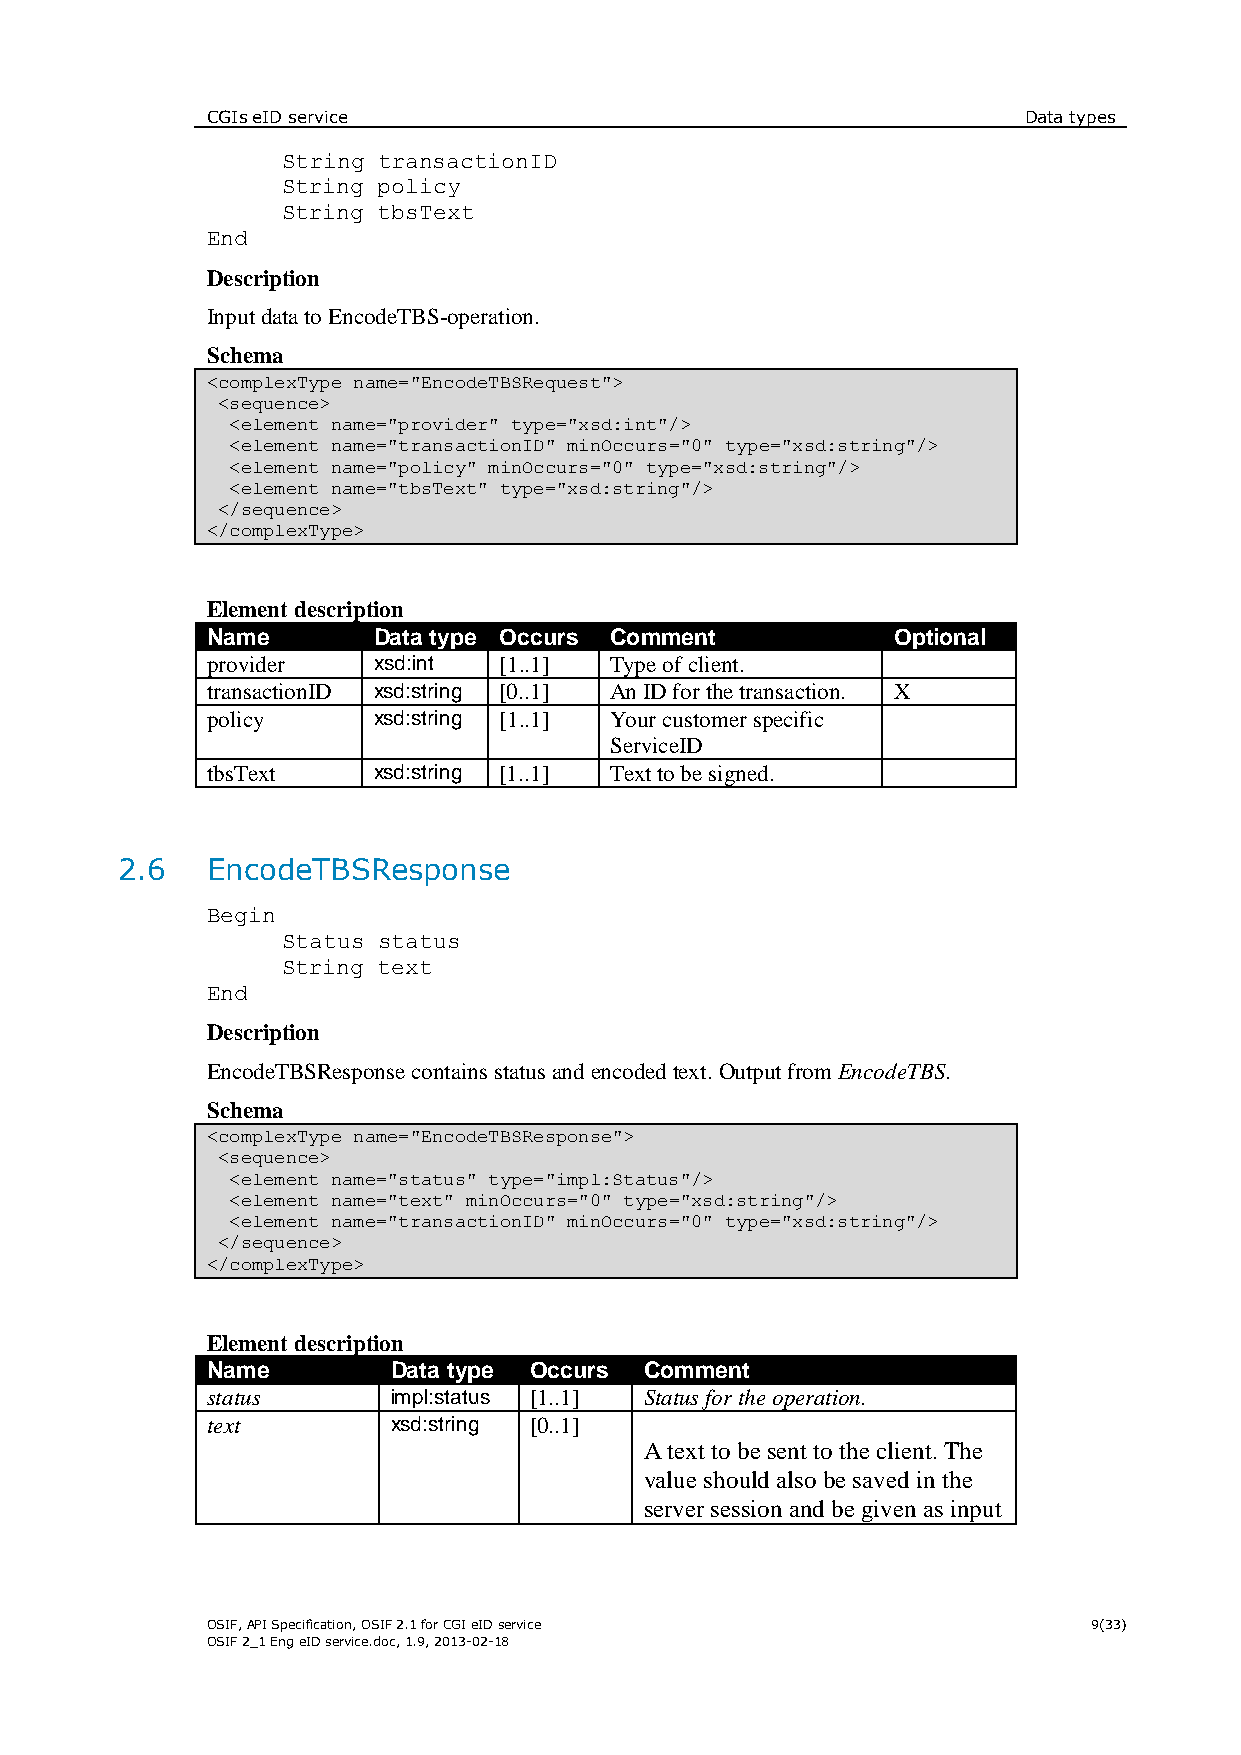
CGIs eID service                                      Data types
 String transactionID
 String policy
 String tbsText
 End
 Description
 Input data to EncodeTBS-operation.
 Schema
 <complexType name="EncodeTBSRequest">
 <sequence>
 <element name="provider" type="xsd:int"/>
 <element name="transactionID" minOccurs="0" type="xsd:string"/>
 <element name="policy" minOccurs="0" type="xsd:string"/>
 <element name="tbsText" type="xsd:string"/>
 </sequence>
 </complexType>
 Element description
 Name       Data type Occurs Comment          Optional
 provider   xsd:int [1..1] Type of client.
 transactionID xsd:string [0..1] An ID for the transaction. X
 policy     xsd:string [1..1] Your customer specific
 ServiceID
 tbsText    xsd:string [1..1] Text to be signed.
 2.6   EncodeTBSResponse
 Begin
 Status status
 String text
 End
 Description
 EncodeTBSResponse contains status and encoded text. Output from EncodeTBS.
 Schema
 <complexType name="EncodeTBSResponse">
 <sequence>
 <element name="status" type="impl:Status"/>
 <element name="text" minOccurs="0" type="xsd:string"/>
 <element name="transactionID" minOccurs="0" type="xsd:string"/>
 </sequence>
 </complexType>
 Element description
 Name        Data type Occurs Comment
 status      impl:status [1..1] Status for the operation.
 text        xsd:string [0..1]
 A text to be sent to the client. The
 value should also be saved in the
 server session and be given as input
 OSIF, API Specification, OSIF 2.1 for CGI eID service     9(33)
 OSIF 2_1 Eng eID service.doc, 1.9, 2013-02-18